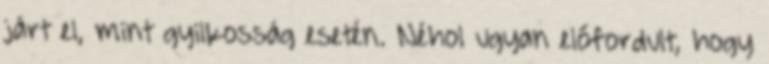
járt el, mint gyilkosság esetén. Néhol ugyan előfordult, hogy